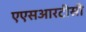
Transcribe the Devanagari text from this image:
एएसआरटीसी